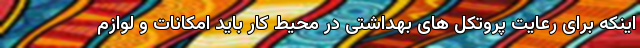
اینکه برای رعایت پروتکل های بهداشتی در محیط کار باید امکانات و لوازم